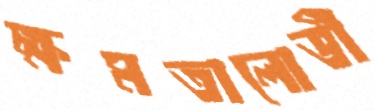
ক্ষমতালোভী